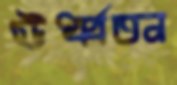
ঊর্ধ্বতন